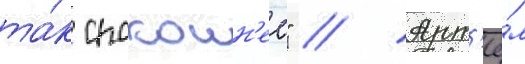
та́к спокоин'ее" // Арт'ё́м